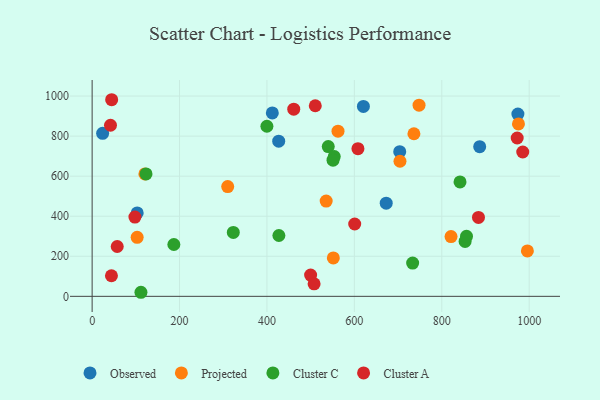
{"axis": {"x": "Experience", "y": "Yield"}, "legend": ["Cluster A", "Cluster C", "Observed", "Projected"], "data": [{"x": "620.7", "y": 948.3, "type": "Observed"}, {"x": "974.2", "y": 910.3, "type": "Observed"}, {"x": "426.9", "y": 774.9, "type": "Observed"}, {"x": "703.8", "y": 722.5, "type": "Observed"}, {"x": "412.3", "y": 915.8, "type": "Observed"}, {"x": "24.0", "y": 813.8, "type": "Observed"}, {"x": "886.8", "y": 747.2, "type": "Observed"}, {"x": "103.1", "y": 416.5, "type": "Observed"}, {"x": "672.9", "y": 465.0, "type": "Observed"}, {"x": "120.7", "y": 611.2, "type": "Projected"}, {"x": "995.9", "y": 226.7, "type": "Projected"}, {"x": "975.5", "y": 860.9, "type": "Projected"}, {"x": "551.9", "y": 192.0, "type": "Projected"}, {"x": "821.2", "y": 298.6, "type": "Projected"}, {"x": "704.4", "y": 674.4, "type": "Projected"}, {"x": "103.0", "y": 294.9, "type": "Projected"}, {"x": "535.5", "y": 475.9, "type": "Projected"}, {"x": "736.3", "y": 811.8, "type": "Projected"}, {"x": "310.2", "y": 548.0, "type": "Projected"}, {"x": "748.0", "y": 954.3, "type": "Projected"}, {"x": "562.6", "y": 824.6, "type": "Projected"}, {"x": "853.4", "y": 274.2, "type": "Cluster C"}, {"x": "540.3", "y": 747.7, "type": "Cluster C"}, {"x": "123.3", "y": 611.0, "type": "Cluster C"}, {"x": "111.7", "y": 20.3, "type": "Cluster C"}, {"x": "856.6", "y": 299.6, "type": "Cluster C"}, {"x": "554.0", "y": 697.6, "type": "Cluster C"}, {"x": "399.9", "y": 849.2, "type": "Cluster C"}, {"x": "323.0", "y": 319.1, "type": "Cluster C"}, {"x": "187.0", "y": 258.8, "type": "Cluster C"}, {"x": "733.4", "y": 166.0, "type": "Cluster C"}, {"x": "551.2", "y": 679.9, "type": "Cluster C"}, {"x": "427.3", "y": 303.7, "type": "Cluster C"}, {"x": "841.8", "y": 571.5, "type": "Cluster C"}, {"x": "44.2", "y": 102.7, "type": "Cluster A"}, {"x": "461.3", "y": 934.5, "type": "Cluster A"}, {"x": "510.6", "y": 951.7, "type": "Cluster A"}, {"x": "499.9", "y": 106.1, "type": "Cluster A"}, {"x": "985.3", "y": 720.8, "type": "Cluster A"}, {"x": "884.0", "y": 393.9, "type": "Cluster A"}, {"x": "507.9", "y": 62.5, "type": "Cluster A"}, {"x": "57.4", "y": 248.9, "type": "Cluster A"}, {"x": "972.6", "y": 790.5, "type": "Cluster A"}, {"x": "608.2", "y": 737.3, "type": "Cluster A"}, {"x": "600.8", "y": 361.3, "type": "Cluster A"}, {"x": "42.0", "y": 854.3, "type": "Cluster A"}, {"x": "44.7", "y": 981.7, "type": "Cluster A"}, {"x": "97.9", "y": 395.9, "type": "Cluster A"}]}